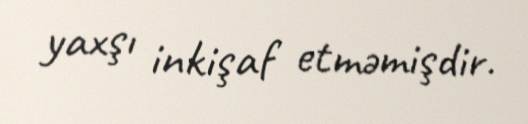
yaxşı inkişaf etməmişdir.